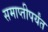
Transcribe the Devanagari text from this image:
समाप्‍तीपर्यंत